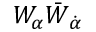
W _ { \alpha } \bar { W } _ { \dot { \alpha } }